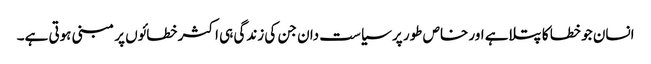
انسان جو خطا کا پتلاہے اور خاص طور پر سیاست دان جن کی زندگی ہی اکثر خطائوں پر مبنی ہوتی ہے۔